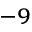
^ { - 9 }